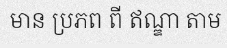
មាន ប្រភព ពី ឥណ្ឌា តាម